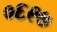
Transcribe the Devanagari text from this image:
०६९७